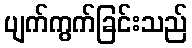
ပျက်ကွက်ခြင်းသည်